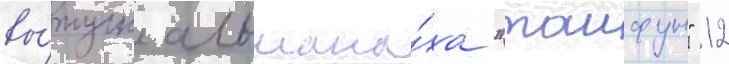
вы́пуск альмана́ха "таифун" 12